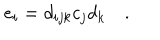
e _ { i } = d _ { i j k } c _ { j } d _ { k } \quad .